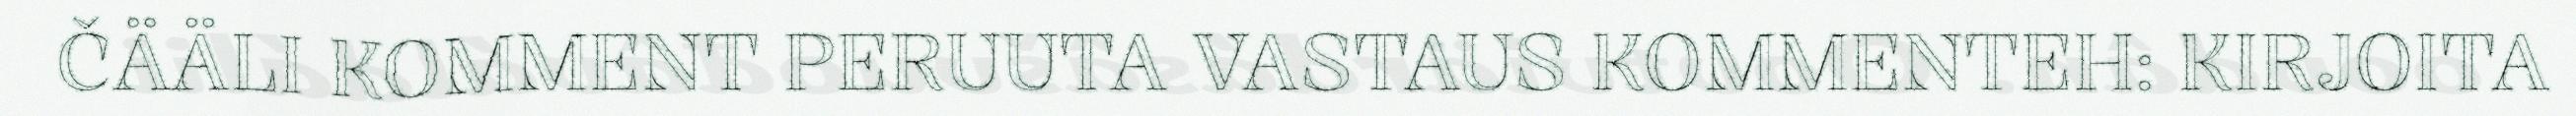
ČÄÄLI KOMMENT PERUUTA VASTAUS KOMMENTEH: KIRJOITA